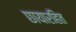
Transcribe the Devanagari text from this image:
छायारहित